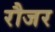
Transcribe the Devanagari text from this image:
रौजर